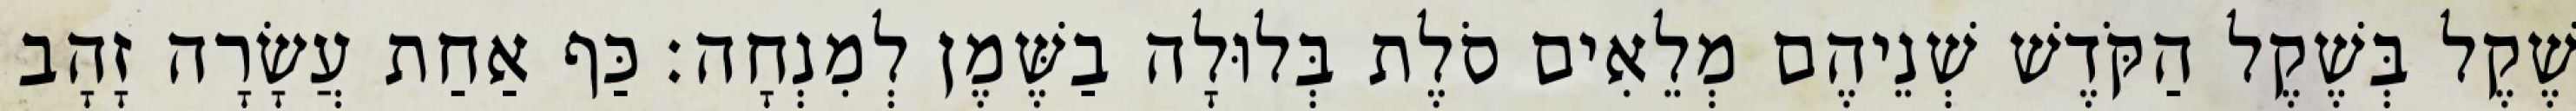
שֶׁקֶל בְּשֶׁקֶל הַקֹּדֶשׁ שְׁנֵיהֶם מְלֵאִים סֹלֶת בְּלוּלָה בַשֶּׁמֶן לְמִנְחָה׃ כַּף אַחַת עֲשָׂרָה זָהָב